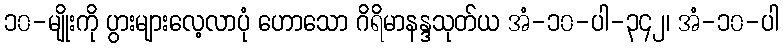
၁၀-မျိုးကို ပွားများလေ့လာပုံ ဟောသော ဂိရိမာနန္ဒသုတ်ယ အံ-၁၀-ပါ-၃၄၂၊ အံ-၁၀-ပါ